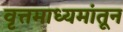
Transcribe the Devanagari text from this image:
वृत्तमाध्यमांतून